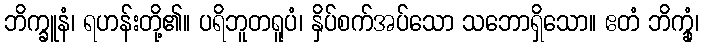
ဘိက္ခူနံ၊ ရဟန်းတို့၏။ ပရိဘူတရူပံ၊ နှိပ်စက်အပ်သော သဘောရှိသော။ ဧတံ ဘိက္ခုံ၊